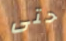
حتى